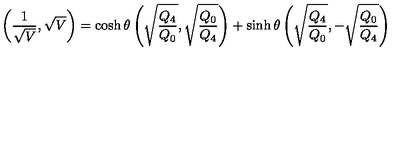
\left( { \frac { 1 } { \sqrt { V } } } , \sqrt { V } \right) = \cosh \theta \left( \sqrt { \frac { Q _ { 4 } } { Q _ { 0 } } } , \sqrt { \frac { Q _ { 0 } } { Q _ { 4 } } } \right) + \sinh \theta \left( \sqrt { \frac { Q _ { 4 } } { Q _ { 0 } } } , - \sqrt { \frac { Q _ { 0 } } { Q _ { 4 } } } \right)